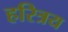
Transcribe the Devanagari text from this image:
हरित्रय